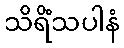
သိရိံသပါနံ